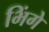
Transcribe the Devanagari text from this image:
भिंगे